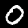
Label: 0